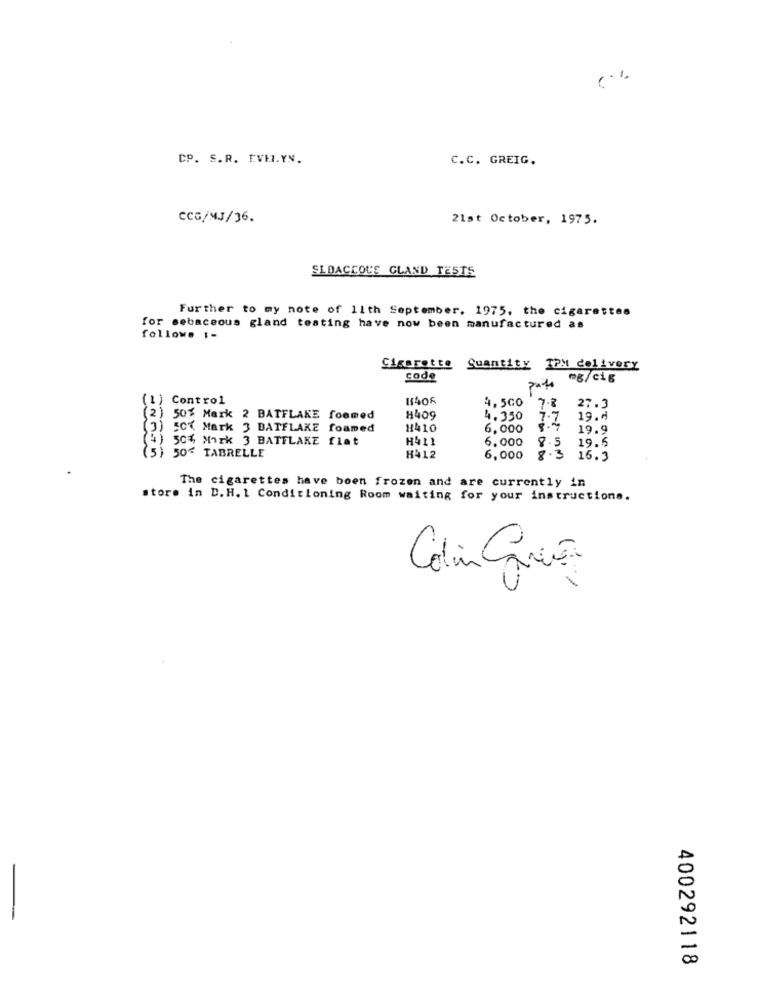
CP. S.R. EVELYN.
C.C. GREIG.
CCG/MJ/36.
21st October, 1975.
SLDACCOUS GLAND TESTS
Further to my note of 11th September. 1975, the cigarettes
for sebaceous gland testing have now been manufactured as
followe 1-
Cigarette Quantity TPM delivery
code
mg/cig
parte
(1) Control
11406
4,500
7.8
27.3
(2) 50% Mark 2 BATFLAKE foomed
#409
4.350
7.7
19.4
(3) SCT Mark 3 BATFLAKE foamed
1410
6,000
8.4
19.9
(4) 50%, Mark 3 BATFLAKE flat
H411
6.000
19.6
8.
2.3
(5) 50 TABRELLE
H412
6,000
16.3
The cigarettes have been frozen and are currently in
store in D. H. 1 Conditioning Room waiting for your instructions.
Colin Carvão
400292118